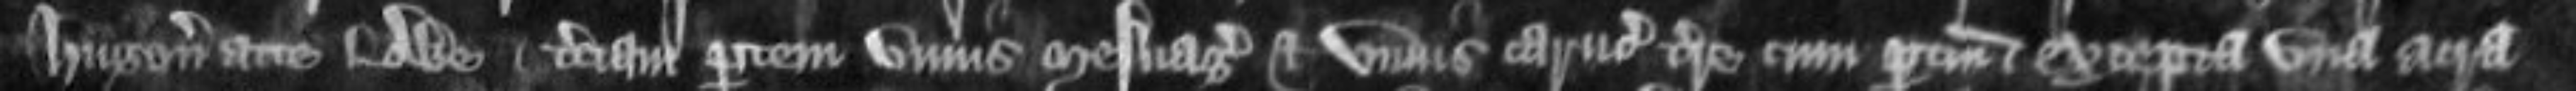
Hugonis ate Lowe terciam partem unius mesuagii et unius carucate terre cum pertinenciis excepta una acra